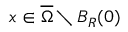
x \in \overline { \Omega } \setminus B _ { R } ( 0 )